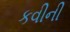
કવીની